Annual report on the Civil Veterinary Department, Burma (including the Insein Veterinary School) - 1932-1941
Year: 1932
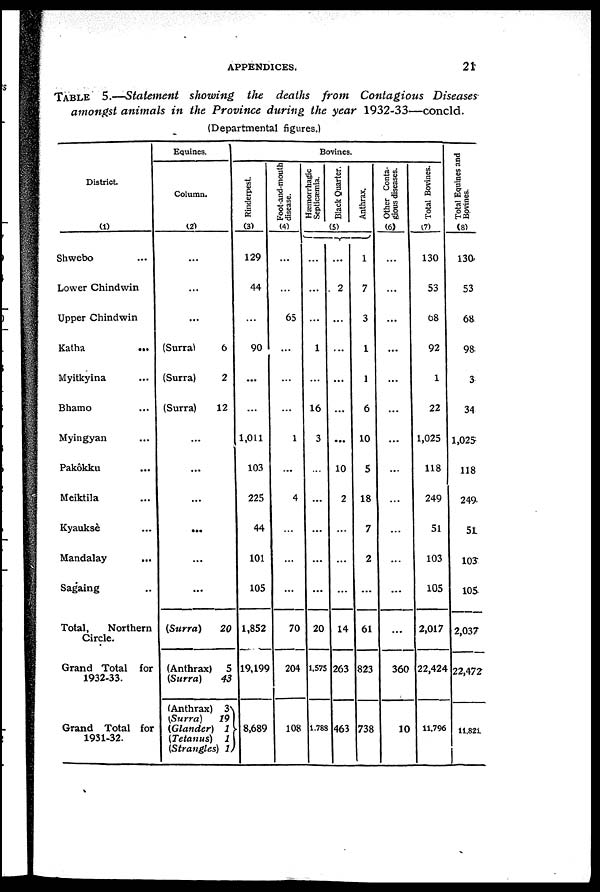
APPENDICES.
21
TABLE 5.—Statement showing the deaths from Contagious Diseases
amongst animals in the Province during the year 1932-33—concld.
(Departmental figures.)
District.
(1)
Shwebo ...
Lower Chindwin
Upper Chindwin
Katha ...
Myitkyina ...
Bhamo ...
Myingyan ...
Pakôkku ...
Meiktila ...
Kyauksè ...
Mandalay ...
Sagaing ...
Total,
Northern
Circle.
Grand Total for
1932-33.
Grand Total for
1931-32.
Equines.
Column.
(2)
...
...
...
(Surra)
6
(Surra)
2
(Surra)
12
...
...
...
...
...
...
(Surra)
20
(Anthrax)
5
(Surra)
43
(Anthrax) 3
(Surra)
19
(Glander) 1
(Tetanus)
1
(Strangles) 1
Bovines.
Rinderpest.
(3)
129
44
...
90
...
...
1,011
103
225
44
101
105
1,852
19,199
8,689
Foot-and-mouth
disease.
(4)
...
...
65
...
...
...
1
...
4
...
...
...
70
204
108
Hæmorrhagic
Septicæmia.
Black Quarter.
Anthrax.
(5)
...
...
1
...
16
3
...
...
...
...
...
20
1,575
1,783
...
2
...
...
...
...
...
10
2
...
...
...
14
263
463
1
7
3
1
1
6
10
5
18
7
2
...
61
823
738
Other Conta-
gious diseases.
(6)
...
...
...
...
...
...
...
...
...
...
...
...
...
360
10
Total Bovines.
(7)
130
53
08
92
1
22
1,025
118
249
51
103
105
2,017
22,424
11,796
Total Equines and
Bovines.
(8)
130
53
68
98
3
34
1,025
118
249
51
103
105
2,037
22,472
11,821